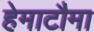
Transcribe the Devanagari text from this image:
हेमाटौमा